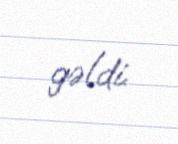
gəldi.